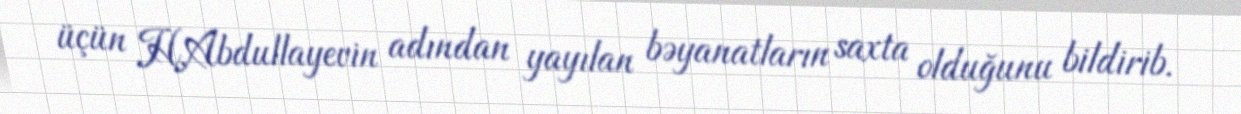
üçün H.Abdullayevin adından yayılan bəyanatların saxta olduğunu bildirib.